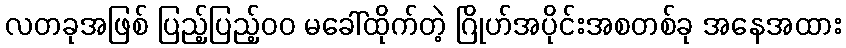
လတခုအဖြစ် ပြည့်ပြည့်၀၀ မခေါ်ထိုက်တဲ့ ဂြိုဟ်အပိုင်းအစတစ်ခု အနေအထား